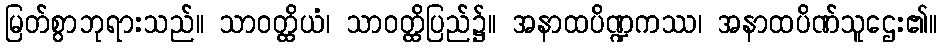
မြတ်စွာဘုရားသည်။ သာဝတ္ထိယံ၊ သာဝတ္ထိပြည်၌။ အနာထပိဏ္ဍကဿ၊ အနာထပိဏ်သူဌေး၏။